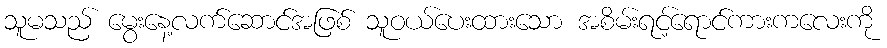
သူမသည် မွေးနေ့လက်ဆောင်အဖြစ် သူဝယ်ပေးထားသော အစိမ်းရင့်ရောင်ကားကလေးကို